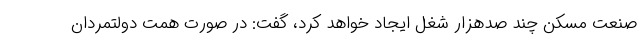
صنعت مسکن چند صدهزار شغل ایجاد خواهد کرد، گفت: در صورت همت دولتمردان